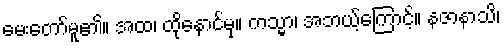
မေးတော်မူ၏။ အထ၊ ထိုနောင်မှ။ ကသ္မာ၊ အဘယ့်ကြောင့်။ နဇာနာသိ၊